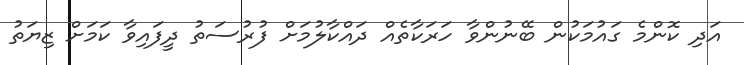
އަދި ކޮންމެ ގައުމަކުން ބޭނުންވާ ހަރަކާތެއް ދައްކާލުމަށް ފުރުސަތު ދީފައިވާ ކަމަށް ޒިޔަތު